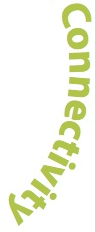
Connectivity